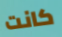
كانت